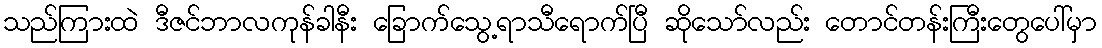
သည်ကြားထဲ ဒီဇင်ဘာလကုန်ခါနီး ခြောက်သွေ့ရာသီရောက်ပြီ ဆိုသော်လည်း တောင်တန်းကြီးတွေပေါ်မှာ